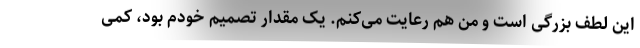
این لطف بزرگی است و من هم رعایت می‌کنم. یک مقدار تصمیم خودم بود، کمی